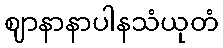
ဈာနာနာပါနသံယုတံ